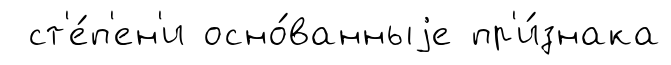
ст'е́п'ен'и осно́ванныjе пр'и́знака